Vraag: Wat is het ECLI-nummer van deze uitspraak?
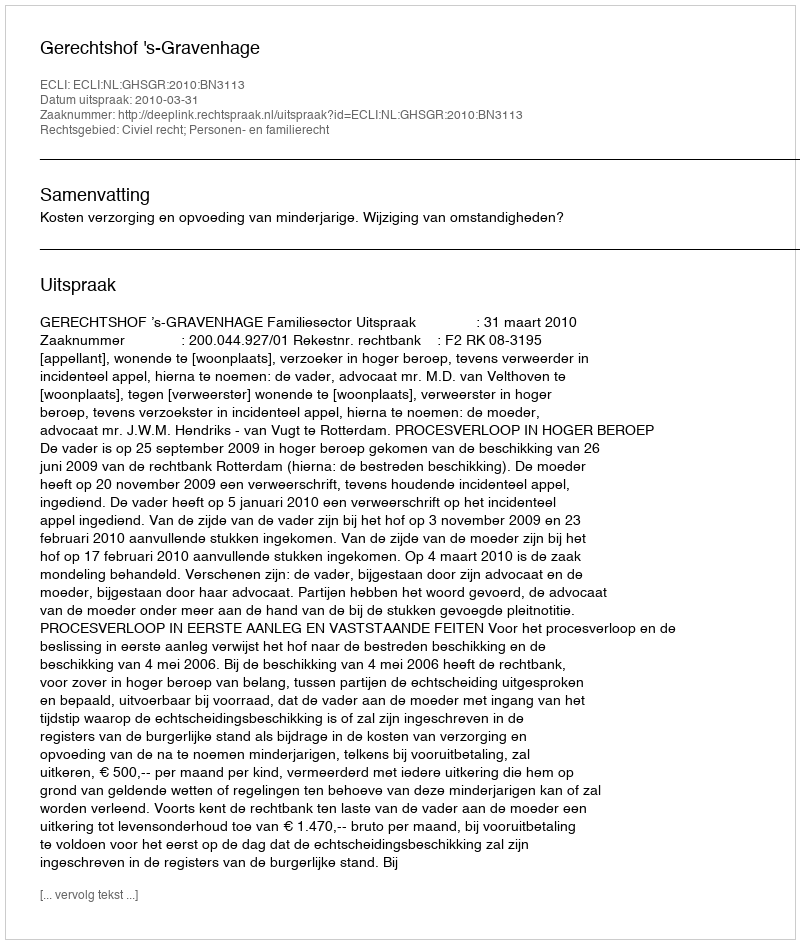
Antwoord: ECLI:NL:GHSGR:2010:BN3113